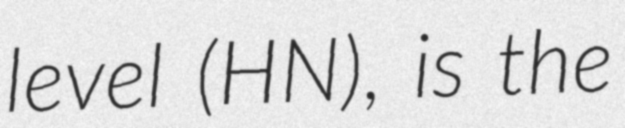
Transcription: level (HN), is the